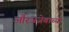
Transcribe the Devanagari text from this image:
औरंजजेबाच्या